system: You are a helpful assistant.
user:
Analyze the provided spectrum to determine if it is a **S-type Star**.

- **Key Indicators for S-type Star:**

    - **(Overall Spectrum Shape):** The first and most obvious characteristic is the overall continuum (the "baseline" shape). It is **extremely "red-sloping,"** meaning the flux (light intensity) is very low on the left side (blue, ~4000-4500 Å) and rises steeply and continuously toward the right side (red, ~7000 Å+).

    - **(Primary):** The spectrum is defined by the presence of strong, broad molecular absorption "valleys" (bands) from **Zirconium Oxide (ZrO)**. The identification of these bands is the **primary requirement** for classifying a star as S-type.
        - **(Key Bandheads):** You must find distinct, deep "dips" where the light has been absorbed. The most critical band systems to locate are:
            - **~6474 Å** ($\gamma$-system): This is often the strongest and clearest ZrO feature, found in the red part of the spectrum.
            - **~5718 Å** & **~5551 Å** ($\beta$-system): A pair of prominent absorption features in the yellow-orange part of the spectrum.
            - **~4640 Å** ($\alpha$-system): A key absorption band system in the blue-green region of the spectrum.

    - **(Secondary Confirmation):** The classification is strengthened by finding additional absorption bands from other related heavy element oxides, which are expected to be present alongside ZrO.
        - **(Key Bandheads):**
            - **Yttrium Oxide (YO):** Look for absorption dips near **~4800 Å** and **~6100 Å**.
            - **Lanthanum Oxide (LaO):** Additional absorption features, particularly in the red-orange part of the spectrum, are also characteristic.

    - **(Line Profile):** The combination of the steep red continuum and these numerous, deep molecular bands (ZrO, YO, etc.) gives the entire spectrum a very **"chopped-up"** or **"bumpy"** appearance. Instead of a smooth curve, the spectrum looks as though large, wide chunks of light have been "carved out" of it at the specific wavelengths listed above.

Think first, call **spectral_visualization_tool** if needed to examine features in detail, then provide your final answer. Your response must adhere to the following strict rules:
1.  **Overall Structure:** Your response must follow the format `<think>...</think> <tool_call>...</tool_call> (if a tool is used) <answer>...</answer>`.
2.  **Tool Usage Constraint:** You may only make **one** tool call per turn.
3.  **Final Answer Format:** In the `<answer>` tag, your conclusion must be inside a `\boxed{}` command (e.g., `\boxed{YES}` or `\boxed{NO}`), followed by your justification.

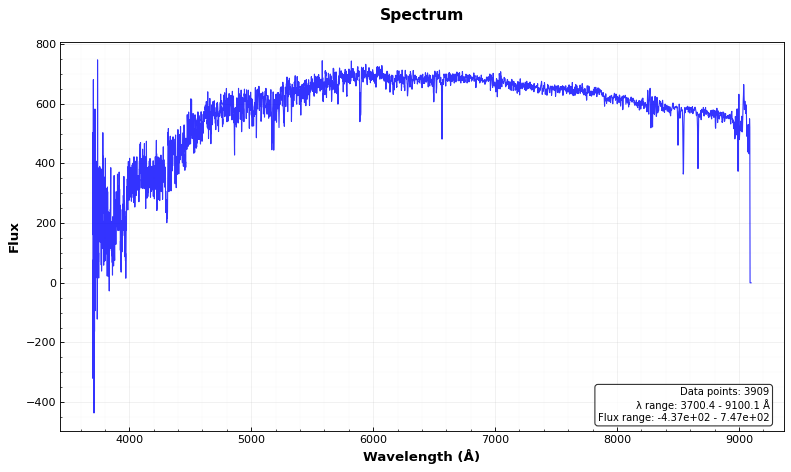
Answer: NO